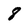
Character: 8